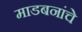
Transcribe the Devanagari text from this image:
माडबनांचे